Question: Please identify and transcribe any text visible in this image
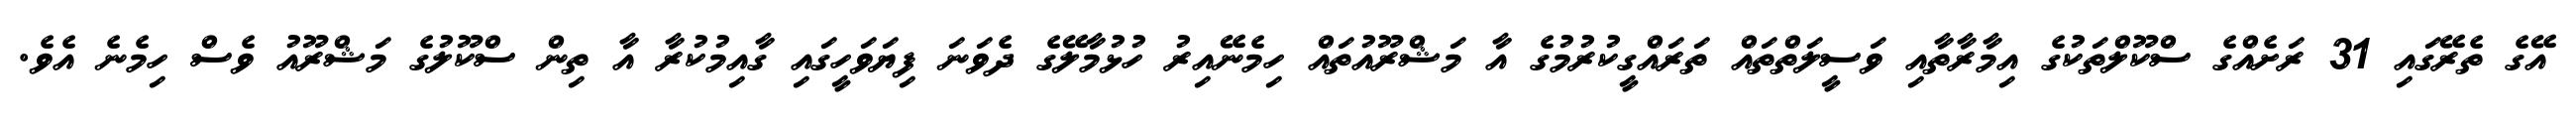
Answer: އޭގެ ތެރޭގައި 31 ރަށެއްގެ ސްކޫލްތަކުގެ އިމާރާތާއި ވަސީލަތްތައް ތަރައްގީކުރުމުގެ އާ މަޝްރޫއުތައް ހިމެނޭއިރު ހުޅުމާލޭގެ ދެވަނަ ފިޔަވަހީގައި ގާއިމުކުރާ އާ ތިން ސްކޫލުގެ މަޝްރޫއު ވެސް ހިމެނެ އެވެ.